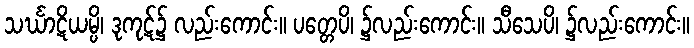
သင်္ဃာဋိယမ္ပိ၊ ဒုကုဋ်၌ လည်းကောင်း။ ပတ္တေပိ၊ ၌လည်းကောင်း။ သီသေပိ၊ ၌လည်းကောင်း။